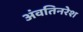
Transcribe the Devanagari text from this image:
अंवतिनरेश